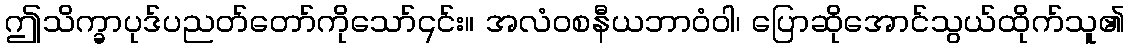
ဤသိက္ခာပုဒ်ပညတ်တော်ကိုသော်၎င်း။ အလံဝစနီယဘာဝံဝါ၊ ပြောဆိုအောင်သွယ်ထိုက်သူ၏